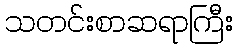
သတင်းစာဆရာကြီး